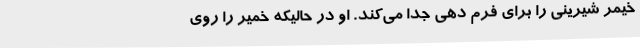
خیمر شیرینی را برای فرم دهی جدا می‌کند. او در حالیکه خمیر را روی